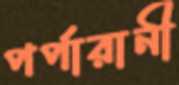
পর্পারানী